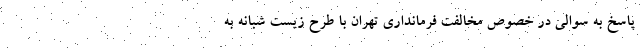
پاسخ به سوالی در خصوص مخالفت فرمانداری تهران با طرح زیست شبانه به